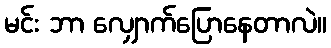
မင်း ဘာ လျှောက်ပြောနေတာလဲ။